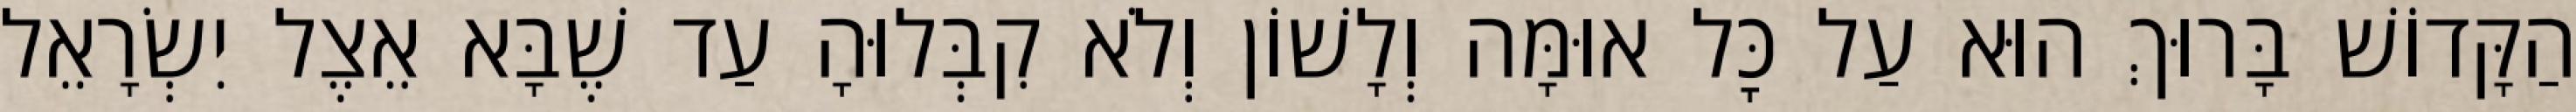
הַקָּדוֹשׁ בָּרוּךְ הוּא עַל כׇּל אוּמָּה וְלָשׁוֹן וְלֹא קִבְּלוּהָ עַד שֶׁבָּא אֵצֶל יִשְׂרָאֵל